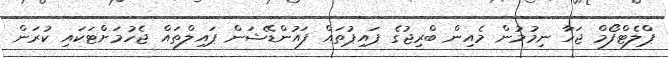
ޕްލެޓްފޯމް ޖަހާ ނިމުމުން މެއިން ބްރިޖުގެ ޕައިޕުތައް ފައުންޑޭޝަން ޕައިލްތައް ޖެހުމަށްޓަކައި ކުރަން